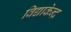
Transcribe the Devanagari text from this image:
विद्याकेन्द्र